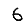
Digit: 6